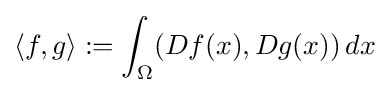
\langle f,g\rangle :=\int _{\Omega }(Df(x),Dg(x))\,dx